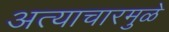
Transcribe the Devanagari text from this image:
अत्याचारमुळे